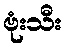
ဗုံးသီး